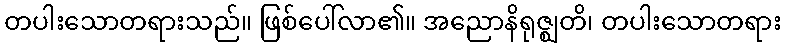
တပါးသောတရားသည်။ ဖြစ်ပေါ်လာ၏။ အညောနိရုဇ္ဈတိ၊ တပါးသောတရား